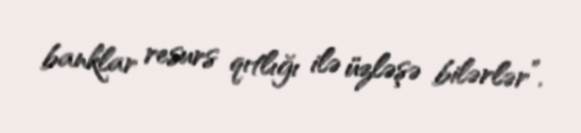
banklar resurs qıtlığı ilə üzləşə bilərlər”.